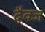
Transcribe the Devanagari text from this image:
दैवज